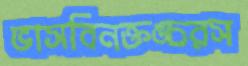
ভাসবিনক্তঙ্চরস